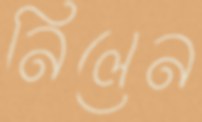
নিলেন